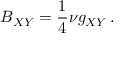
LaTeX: B _ { X Y } = \frac 1 4 \nu g _ { X Y } \, .